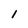
Character: 1